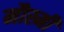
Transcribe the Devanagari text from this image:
मौस्मी